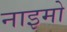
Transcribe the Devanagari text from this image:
नाइमो